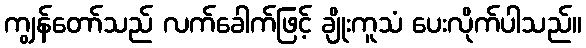
ကျွန်တော်သည် လက်ခေါက်ဖြင့် ချိုးကူသံ ပေးလိုက်ပါသည်။